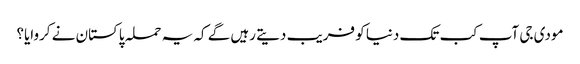
مودی جی آپ کب تک دنیا کو فریب دیتے رہیں گے کہ یہ حملہ پاکستان نے کروایا؟